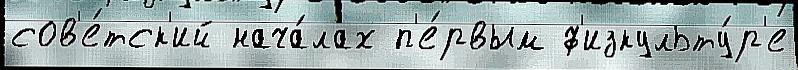
сов'е́тск'ий нача́лах п'е́рвым ф'изкульту́р'е